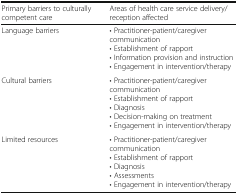
<table><thead><tr><td><b>Primary barriers to culturally competent care</b></td><td><b>Areas of health care service delivery/reception affected</b></td></tr></thead><tbody><tr><td>Language barriers</td><td>• Practitioner-patient/caregiver communication• Establishment of rapport• Information provision and instruction• Engagement in intervention/therapy</td></tr><tr><td>Cultural barriers</td><td>• Practitioner-patient/caregiver communication• Establishment of rapport• Diagnosis• Decision-making on treatment• Engagement in intervention/therapy</td></tr><tr><td>Limited resources</td><td>• Practitioner-patient/caregiver communication• Establishment of rapport• Diagnosis• Assessments• Engagement in intervention/therapy</td></tr></tbody></table>